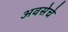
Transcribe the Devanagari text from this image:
अवसेचे